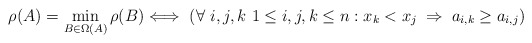
\begin{align*} \rho(A)=\min_{B\in\Omega(A)}\rho(B) \Longleftrightarrow\ \left(\forall\ i,j,k\ 1\leq i,j,k\leq n: x_k < x_j\;\Rightarrow\;a_{i,k}\geq a_{i,j}\right)\end{align*}